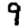
Digit: 9